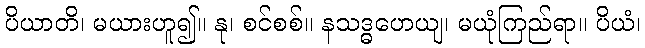
ပိယာတိ၊ မယားဟူ၍။ နု၊ စင်စစ်။ နသဒ္ဓဟေယျ၊ မယုံကြည်ရာ။ ပိယံ၊